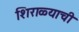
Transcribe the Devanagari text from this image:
शिराळ्याची